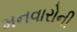
મનવારોની